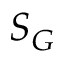
S _ { G }